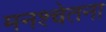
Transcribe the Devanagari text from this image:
मनश्चेतना